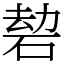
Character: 䂲